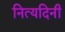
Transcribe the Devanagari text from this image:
नित्यदिनी